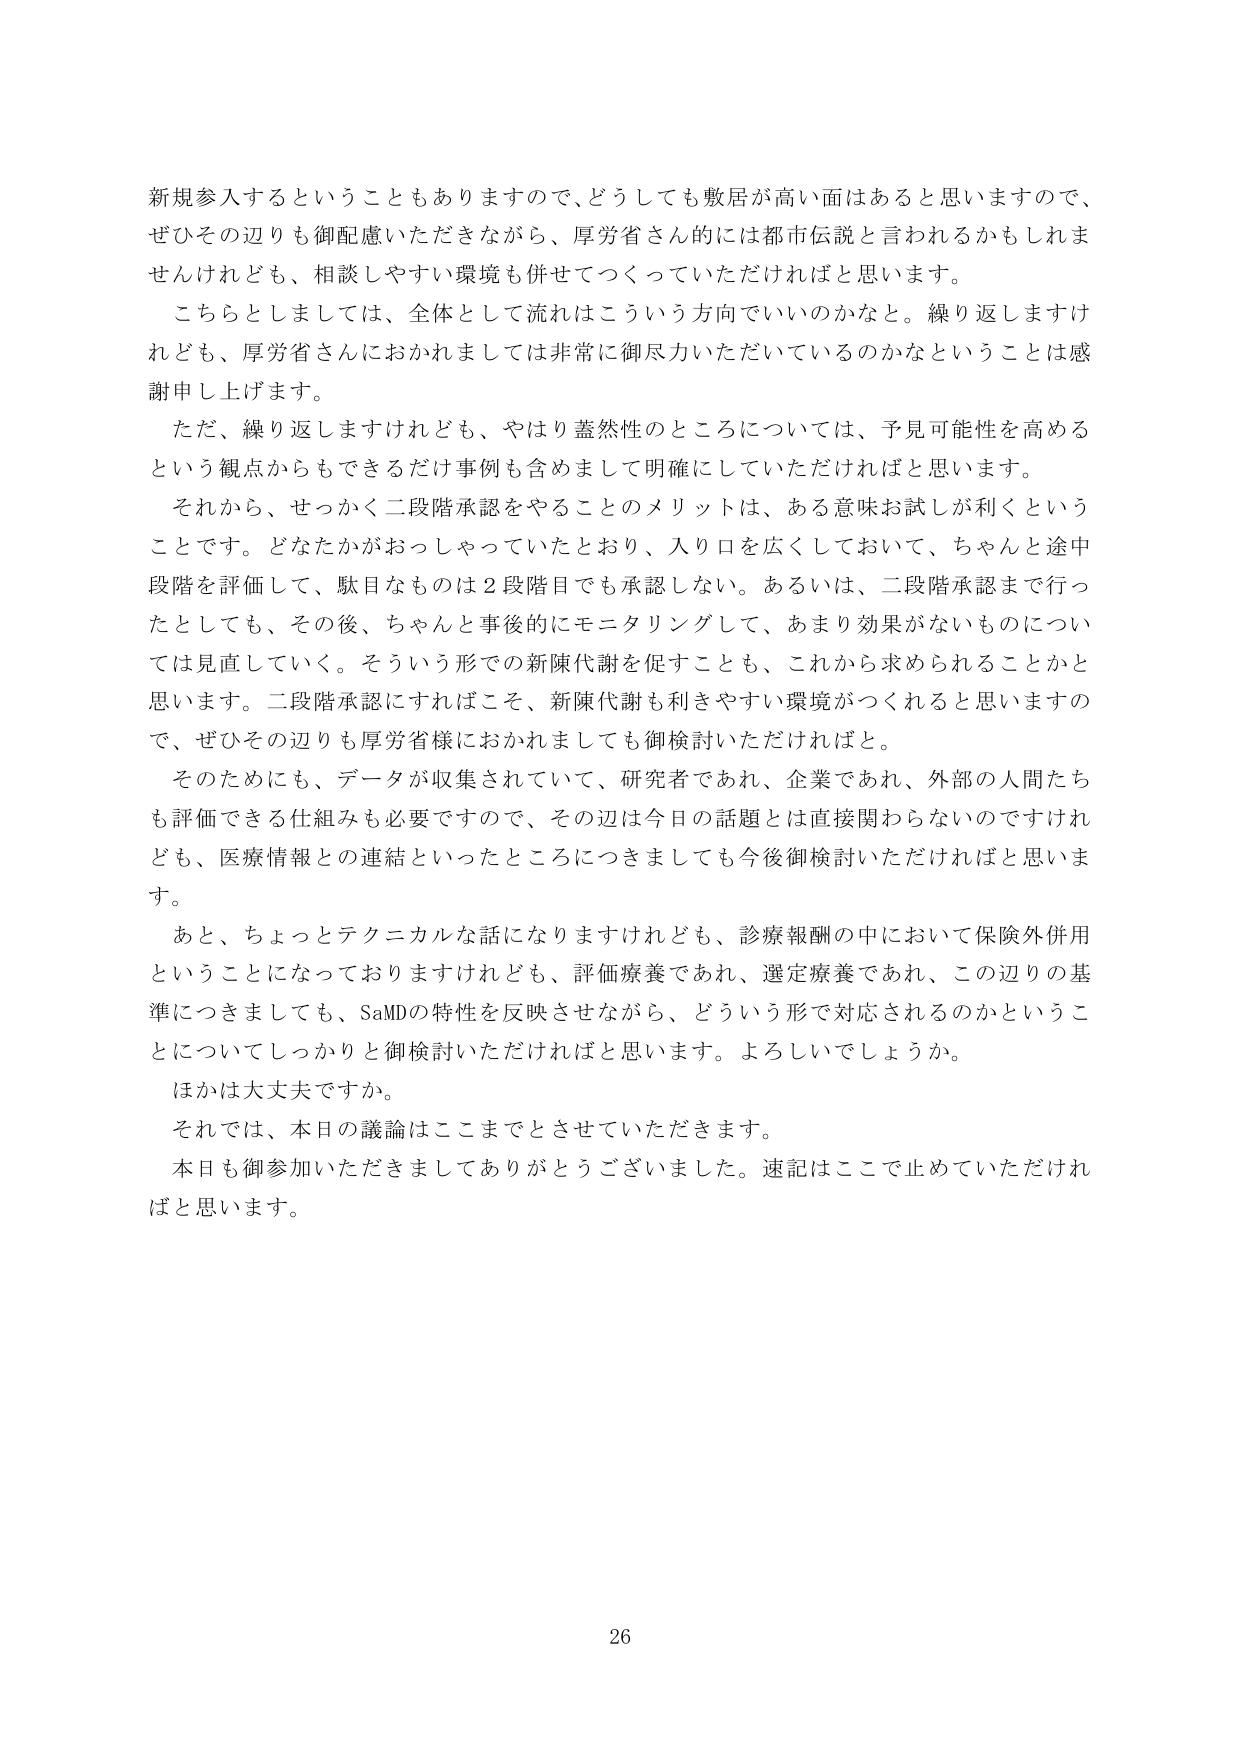
新規参入するということもありますので、どうしても敷居が高い面はあると思いますので、
ぜひその辺りも御配慮いただきながら、厚労省さんの的には都市伝説と言われるかもしれま
せんけれども、相談しやすい環境も併せてつくっていただければと思います。
こちらとしましては、全体として流れはこういう方向でいいのかなと。繰り返しますけ
れども、厚労省さんにおかれましては非常に御尽力いただいているのかなということは感
謝申し上げます。
ただ、繰り返しますけれども、やはり蓋然性のところについては、予見可能性を高める
という観点からもできるだけ事例も含めまして明確にしていただければと思います。
それから、せっかく二段階承認をやることのメリットは、ある意味お試しが利くという
ことです。どなたかがおっしゃっていたとおり、入り口を広くしておいて、ちゃんと途中
段階を評価して、駄目なものは２段階目でも承認しない。あるいは、二段階承認まで行っ
たとしても、その後、ちゃんと事後的にモニタリングして、あまり効果がないものについ
ては見直していく。そういう形での新陳代謝を促すことも、これから求められることかと
思います。二段階承認にすればこそ、新陳代謝も利きやすい環境がつくれると思いますの
で、ぜひその辺りも厚労省様におかれましても御検討いただければと。
そのためにも、データが収集されていて、研究者であれ、企業であれ、外部の人間たち
も評価できる仕組みも必要ですので、その辺は今日の話題とは直接関わらないのですけれ
ども、医療情報との連結といったところにつきましても今後御検討いただければと思いま
す。
あと、ちょっとテクニカルな話になりますけれども、診療報酬の中において保険外併用
ということになっておりますけれども、評価療養であれ、選定療養であれ、この辺りの基
準につきましても、SaMDの特性を反映させながら、どういう形で対応されるのかというこ
とについてしっかりと御検討いただければと思います。よろしいでしょうか。
ほかは大丈夫ですか。
それでは、本日の議論はここまでとさせていただきます。
本日も御参加いただきましてありがとうございました。速記はここで止めていただけれ
ばと思います。

26